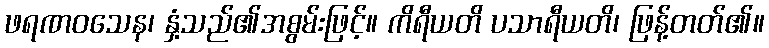
ဖရဏဝသေန၊ နှံ့သည်၏အစွမ်းဖြင့်။ ကိရီယတိ ပသာရီယတိ၊ ဖြန့်တတ်၏။